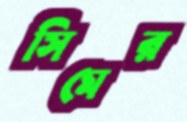
সিমের